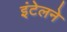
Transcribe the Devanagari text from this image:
इंटेलने